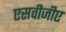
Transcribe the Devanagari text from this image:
एसवीजीए